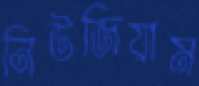
নিউজিয়াম